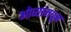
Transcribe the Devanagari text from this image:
ओव्यांमधून